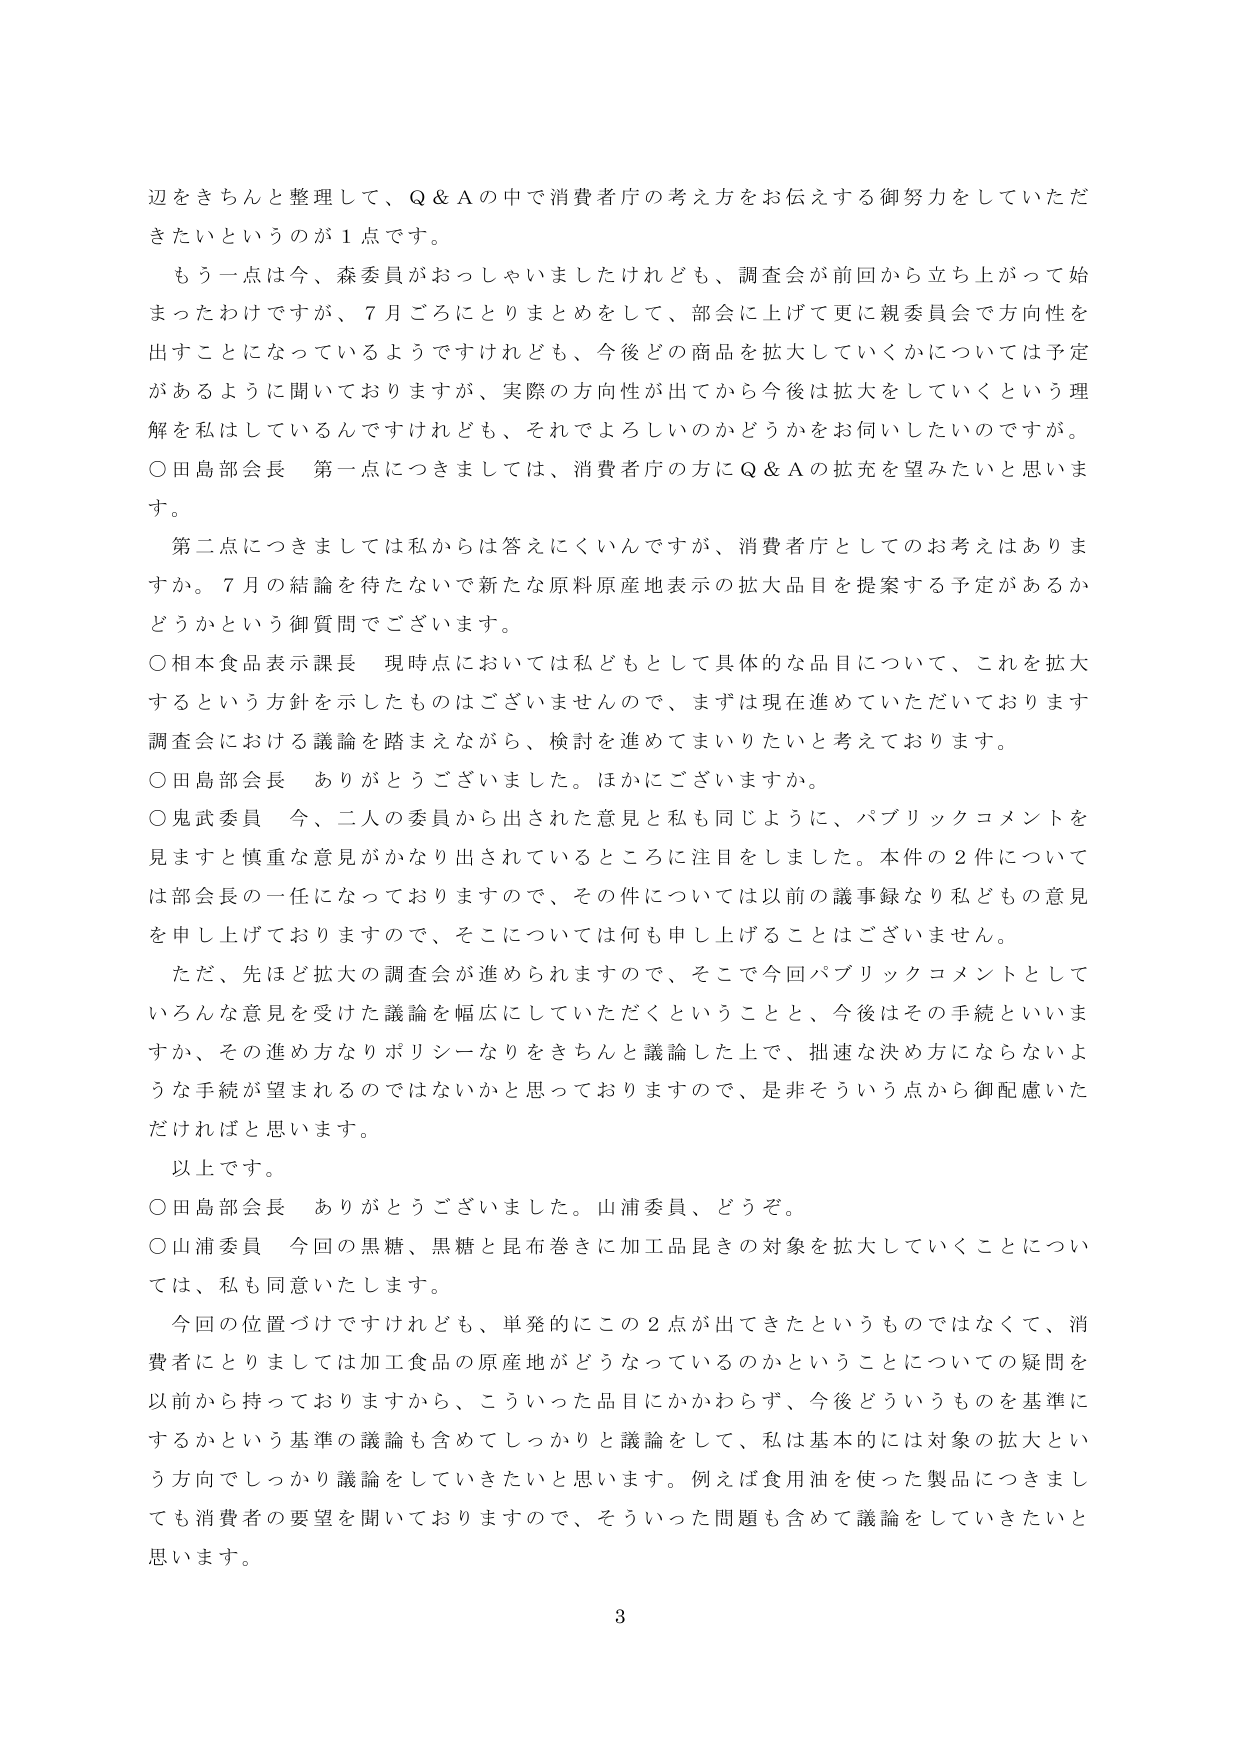
辺をきちんと整理して、Q＆Aの中で消費者庁の考え方をお伝えする御努力をしていただきたいというのが１点です。

もう一点は今、森委員がおっしゃいましたけれども、調査会が前回から立ち上がって始まったわけですが、７月ごろにとりまとめをして、部会に上げて更に親委員会で方向性を出すことになっているようですけれども、今後どの商品を拡大していくかについては予定があるように聞いておりますが、実際の方向性が出てから今後は拡大をしていくという理解を私はしているんですけれども、それでよろしいのかどうかをお伺いしたいのですが。

○田島部会長　第一点につきましては、消費者庁の方にQ＆Aの拡充を望みたいと思います。

第二点につきましては私からは答えにくいんですが、消費者庁としてのお考えはありますか。７月の結論を待たないで新たな原料原産地表示の拡大品目を提案する予定があるかどうかという御質問でございます。

○相本食品表示課長　現時点においては私どもとして具体的な品目について、これを拡大するという方針を示したものはございませんので、まずは現在進めていただいております調査会における議論を踏まえながら、検討を進めてまいりたいと考えております。

○田島部会長　ありがとうございました。ほかにございますか。

○鬼武委員　今、二人の委員から出された意見と私も同じように、パブリックコメントを見ますと慎重な意見がかなり出されているところに注目をしました。本件の２件については部会長の一任になっておりますので、その件については以前の議事録なり私どもの意見を申し上げておりますので、そこについては何も申し上げることはございません。

ただ、先ほど拡大の調査会が進められますので、そこで今回パブリックコメントとしていろんな意見を受けた議論を幅広にしていただくということと、今後はその手続といいますか、その進め方なりポリシーなりをきちんと議論した上で、拙速な決め方にならないような手続が望まれるのではないかと思っておりますので、是非そういう点から御配慮いただければと思います。

以上です。

○田島部会長　ありがとうございました。山浦委員、どうぞ。

○山浦委員　今回の黒糖、黒糖と昆布巻きに加工品昆きの対象を拡大していくことについては、私も同意いたします。

今回の位置づけですけれども、単発的にこの２点が出てきたというものではなくて、消費者にとりましては加工食品の原産地がどうなっているのかということについての疑問を以前から持っておられますから、こういった品目にかかわらず、今後どういうものを基準にするかという基準の議論も含めてしっかりと議論をして、私は基本的には対象の拡大という方向でしっかり議論をしていきたいと思います。例えば食用油を使った製品につきましても消費者の要望を聞いておりますので、そういった問題も含めて議論をしていきたいと思います。

3